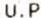
U.P